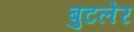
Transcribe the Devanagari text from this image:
बुटलेर